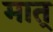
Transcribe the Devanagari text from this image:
मात्